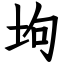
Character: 坸